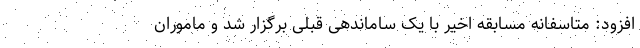
افزود: متاسفانه مسابقه اخیر با یک ساماندهی قبلی برگزار شد و ماموران